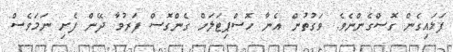
ފަޅައިގެން ގޮސްގެންނެވެ. ވަގުތުން އެނާ ހޮސްޕިޓަލަށް ގެންގޮސް ފަރުވާ ދޭން ފެށި ނަމަވެސް